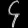
Digit: ၄